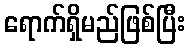
ရောက်ရှိမည်ဖြစ်ပြီး